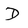
Character: D